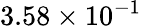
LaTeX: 3.58\times 10^{-1}